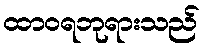
ထာဝရဘုရားသည်